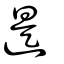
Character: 遈